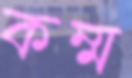
কম্ম